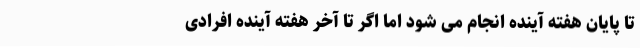
تا پایان هفته آینده انجام می شود اما اگر تا آخر هفته آینده افرادی